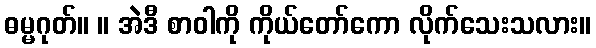
ဓမ္မဂုတ်။ ။ အဲဒီ စာဝါကို ကိုယ်တော်ကော လိုက်သေးသလား။